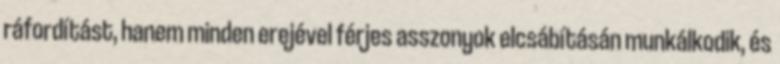
ráfordítást, hanem minden erejével férjes asszonyok elcsábításán munkálkodik, és